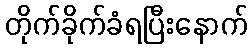
တိုက်ခိုက်ခံရပြီးနောက်